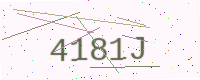
Text: 4181J